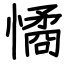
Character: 憰